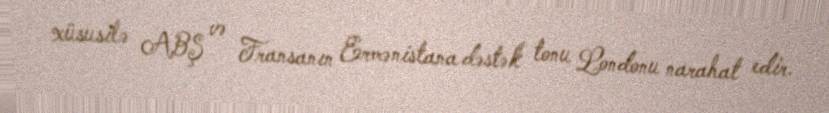
xüsusilə ABŞ və Fransanın Ermənistana dəstək tonu Londonu narahat edir.